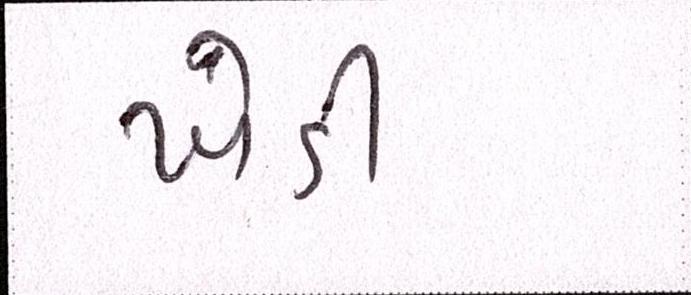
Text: ખેડી